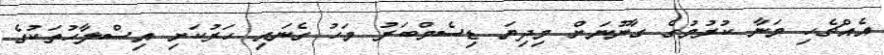
އެއްޗެހި މަނާ ކުރުމުގެ ގާނޫނަށް މިދިޔަ ޑިސެމްބަރު މަހު ގެނައި ހަރުކަށި އިސްލާހުތަކުގެ